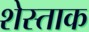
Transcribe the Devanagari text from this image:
शेस्ताक